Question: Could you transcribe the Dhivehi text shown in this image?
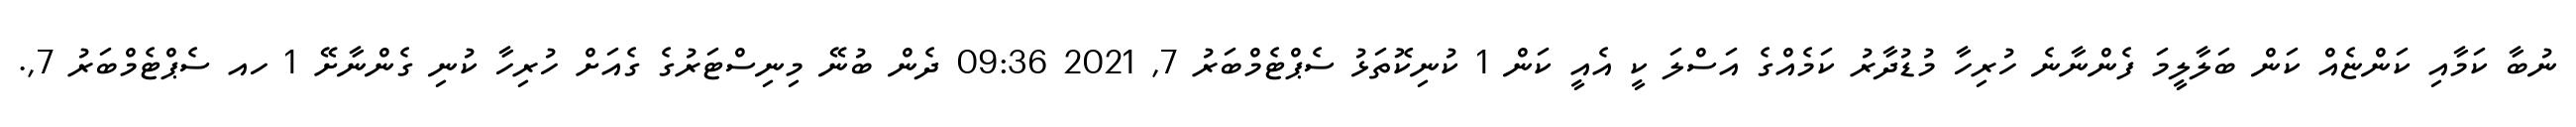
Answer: ނުބާ ކަމާއި ކަންޏެއް ކަން ބަލާލީމަ ފެންނާނެ ހުރިހާ މުޑުދާރު ކަމެއްގެ އަސްލަ ކީ އެއީ ކަން 1 ކުނިކޮތަޅު ސެޕްޓެމްބަރު 7, 2021 09:36 ދެން ބުނޭ މިނިސްޓަރުގެ ގެއަށް ހުރިހާ ކުނި ގެންނާށޭ 1 ހއ ސެޕްޓެމްބަރު 7,.